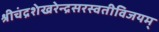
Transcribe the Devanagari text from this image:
श्रीचंद्रशेखरेन्द्रसरस्वतीविजयम्